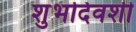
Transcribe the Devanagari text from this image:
शुभदिवशी